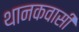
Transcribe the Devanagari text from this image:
थानकवासी